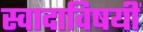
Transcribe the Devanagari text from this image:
स्वादाविषयीं